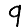
Digit: 9